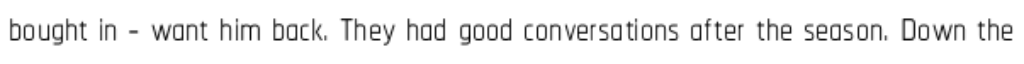
bought in - want him back. They had good conversations after the season. Down the